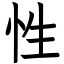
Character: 性